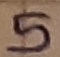
Text: 5